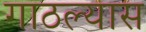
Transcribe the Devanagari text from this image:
गाठल्यास